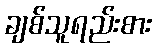
ချစ်သူရည်းစား